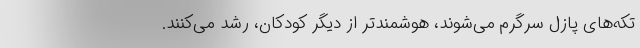
تکه‌های پازل سرگرم می‌شوند، هوشمندتر از دیگر کودکان، رشد می‌کنند.